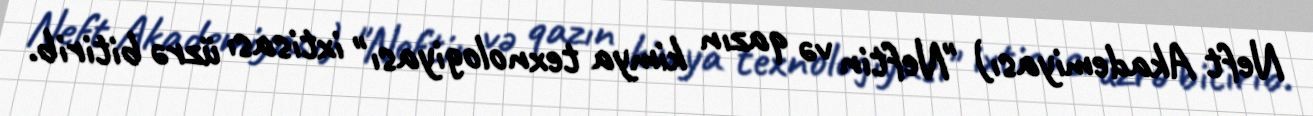
Neft Akademiyası) "Neftin və qazın kimya texnologiyası" ixtisası üzrə bitirib.